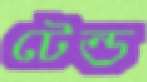
টেন্ড